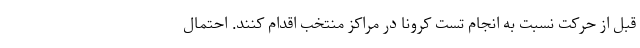
قبل از حرکت نسبت به انجام تست کرونا در مراکز منتخب اقدام کنند. احتمال